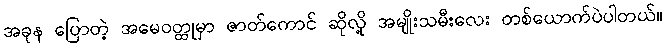
အခုန ပြောတဲ့ အမေဝတ္ထုမှာ ဇာတ်ကောင် ဆိုလို့ အမျိုးသမီးလေး တစ်ယောက်ပဲပါတယ်။